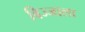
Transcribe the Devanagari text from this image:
बिज्जाला